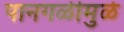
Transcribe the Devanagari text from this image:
पानगळीमुळे